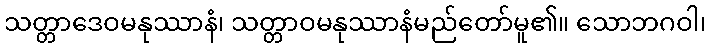
သတ္တာဒေဝမနုဿာနံ၊ သတ္တာဝမနုဿာနံမည်တော်မူ၏။ သောဘဂဝါ၊